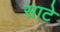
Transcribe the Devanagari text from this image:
साटे